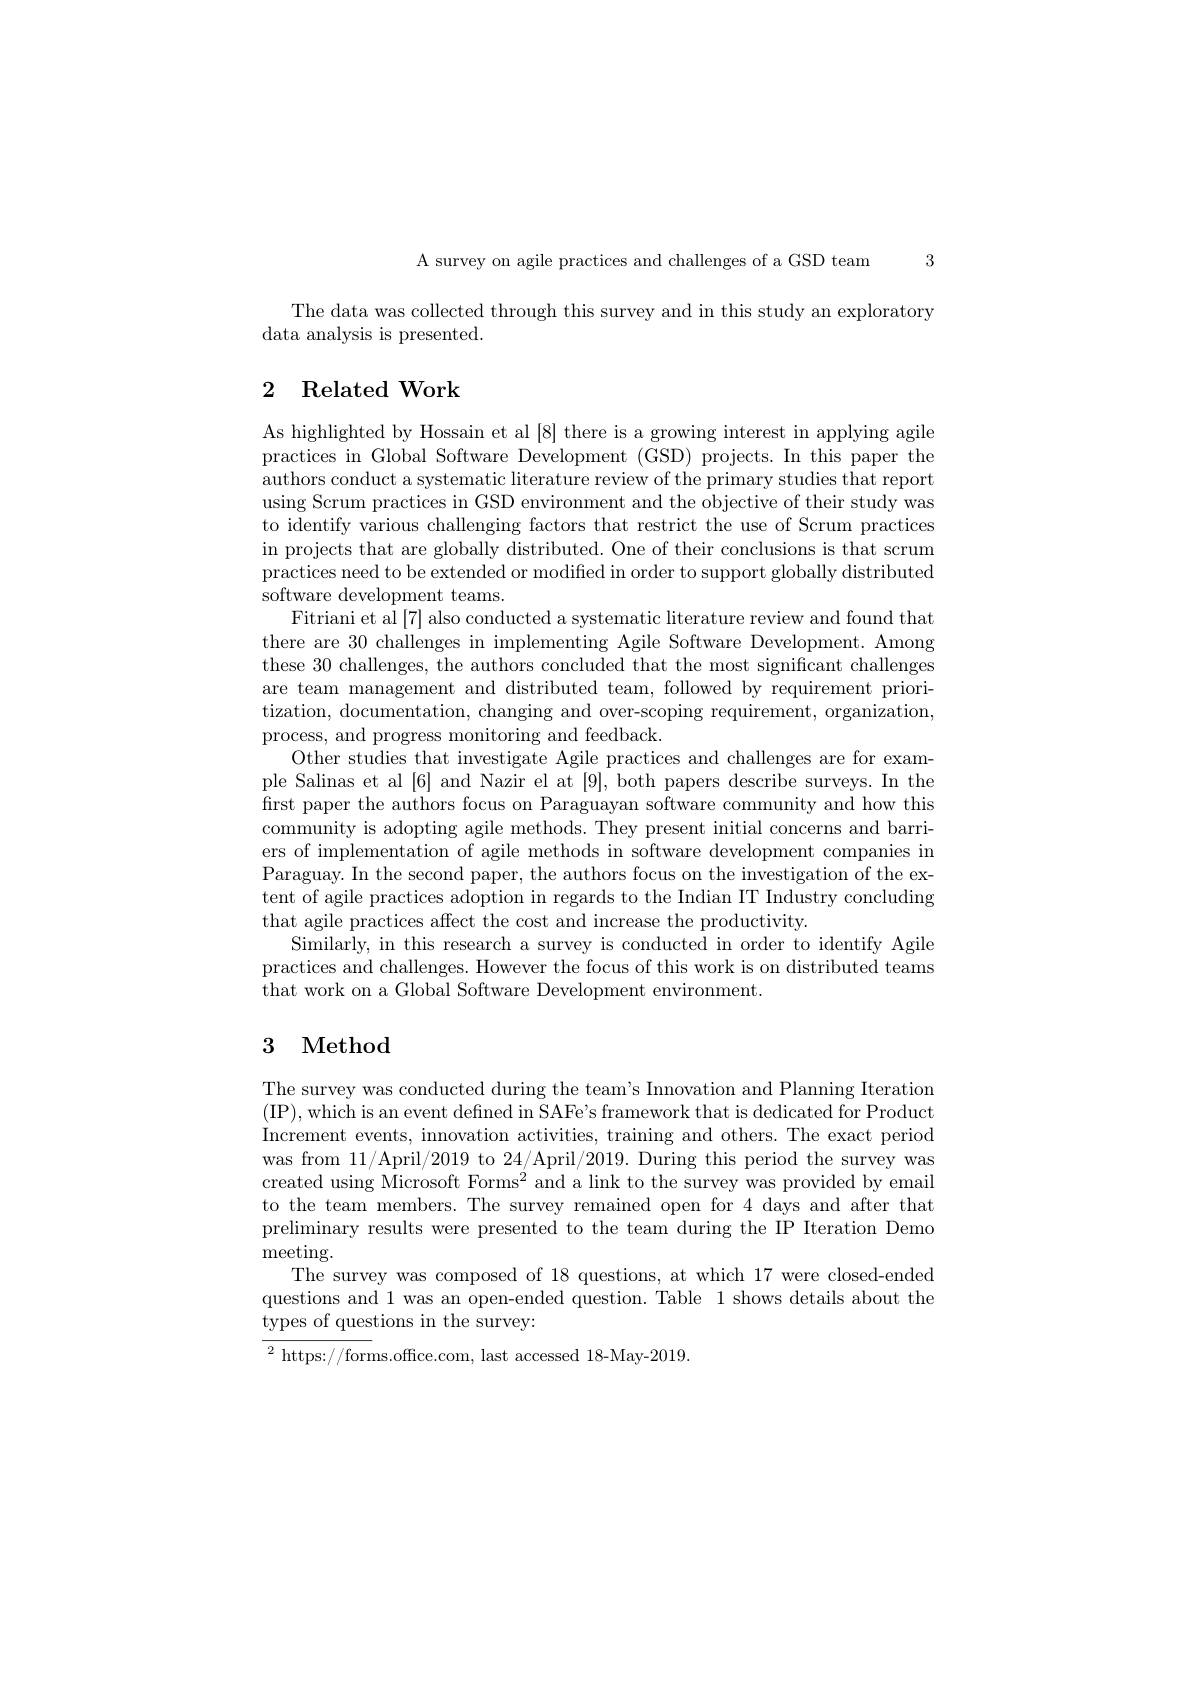
A survey on agile practices and challenges of a GSD team 3

The data was collected through this survey and in this study an exploratory
data analysis is presented.

# 2 Related Work

As highlighted by Hossain et al [8] there is a growing interest in applying agile practices in Global Software Development (GSD) projects. In this paper the authors conduct a systematic literature review of the primary studies that report using Scrum practices in GSD environment and the objective of their study was to identify various challenging factors that restrict the use of Scrum practices in projects that are globally distributed. One of their conclusions is that scrum practices need to be extended or modified in order to support globally distributed software development teams.
Fitriani et al [7] also conducted a systematic literature review and found that there are 30 challenges in implementing Agile Software Development. Among these 30 challenges, the authors concluded that the most significant challenges are team management and distributed team, followed by requirement prioritization, documentation, changing and over-scoping requirement, organization, process, and progress monitoring and feedback.
Other studies that investigate Agile practices and challenges are for example Salinas et al [6] and Nazir el at [9], both papers describe surveys. In the first paper the authors focus on Paraguayan software community and how this community is adopting agile methods. They present initial concerns and barriers of implementation of agile methods in software development companies in Paraguay. In the second paper, the authors focus on the investigation of the extent of agile practices adoption in regards to the Indian IT Industry concluding that agile practices affect the cost and increase the productivity.
Similarly, in this research a survey is conducted in order to identify Agile practices and challenges. However the focus of this work is on distributed teams that work on a Global Software Development environment.

# 3 Method

The survey was conducted during the team's Innovation and Planning Iteration (IP),which is an event defined in SAFe's framework that is dedicated for Product Increment events, innovation activities, training and others. The exact period was from 11/April/2019 to 24/April/2019. During this period the survey was created using Microsoft Forms$^2$ and a link to the survey was provided by email to the team members. The survey remained open for 4 days and after that preliminary results were presented to the team during the IP Iteration Demo meeting.
The survey was composed of 18 questions, at which 17 were closed-ended questions and 1 was an open-ended question. Table 1 shows details about the types of questions in the survey:
$^{2}$https://forms.office.com, last accessed 18-May-2019.